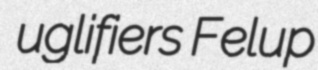
uglifiers Felup